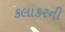
કલાકરની